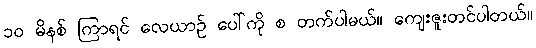
၁၀ မိနစ် ကြာရင် လေယာဉ် ပေါ်ကို စ တက်ပါမယ်။ ကျေးဇူးတင်ပါတယ်။